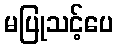
မပြုသင့်ပေ